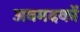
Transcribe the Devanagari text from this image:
अवमदकों